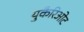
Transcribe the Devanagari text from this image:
युकैरिओट